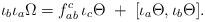
LaTeX: \begin{align*} \iota _b\iota _a\Omega =f_{ab}^c\,\iota _c\Theta \;+\;[\iota _a\Theta ,\iota _b\Theta ]. \end{align*}